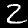
Label: 2